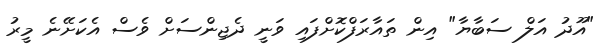
"އޫދު އަލް ސަބާޔާ" އިން ތައާރަފްކޮށްފައި ވަނީ ދެޖިންސަށް ވެސް އެކަށޭނެ މީރު